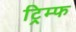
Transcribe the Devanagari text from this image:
ट्रिम्फ